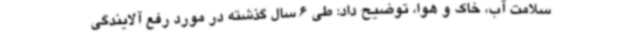
سلامت آب، خاک و هوا، توضیح داد: طی 6 سال گذشته در مورد رفع آلایندگی